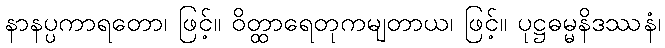
နာနပ္ပကာရတော၊ ဖြင့်။ ဝိတ္ထာရေတုကမျတာယ၊ ဖြင့်။ ပုဋ္ဌဓမ္မနိဒဿနံ၊